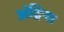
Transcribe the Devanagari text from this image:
अंद्रिया